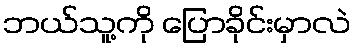
ဘယ်သူ့ကို ပြောခိုင်းမှာလဲ